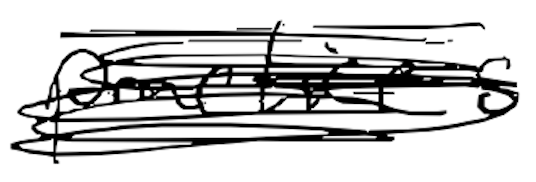
Text: practices
Cross-out: scratch
Writing tool: digital_black